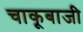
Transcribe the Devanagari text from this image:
चाकूबाजी